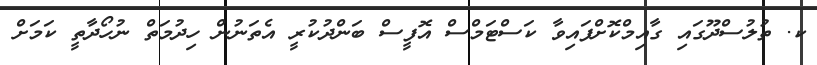
ކ. ތުލުސްދޫގައި ގާއިމްކޮށްފައިވާ ކަސްޓަމްސް އޮފީސް ބަންދުކުރީ އެތަނުން ހިދުމަތް ނުހޯދާތީ ކަމަށް